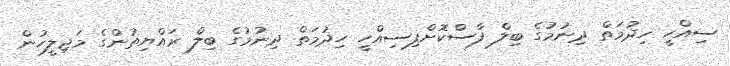
ސިއްހީ ހިދުމަތް ދިނުމުގެ ބިލް ފާސްކޮށްފިސިއްހީ ހިދުމަތް ދިނުމުގެ ބިލް ރައްޔިތުންގެ މަޖިލީހުން